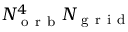
N _ { \mathrm { ~ o ~ r ~ b ~ } } ^ { 4 } N _ { \mathrm { ~ g ~ r ~ i ~ d ~ } }